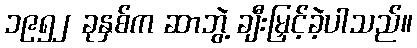
၁၉၅၂ ခုနှစ်က ဆာဘွဲ့ ချီးမြှင့်ခဲ့ပါသည်။